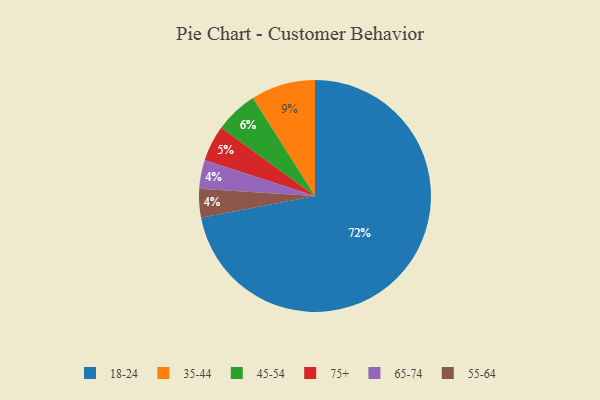
{"axis": {"x": "Category", "y": "Percentage"}, "legend": ["18-24", "35-44", "45-54", "55-64", "65-74", "75+"], "data": [{"x": "65-74", "y": 4, "type": "65-74"}, {"x": "45-54", "y": 6, "type": "45-54"}, {"x": "18-24", "y": 72, "type": "18-24"}, {"x": "75+", "y": 5, "type": "75+"}, {"x": "55-64", "y": 4, "type": "55-64"}, {"x": "35-44", "y": 9, "type": "35-44"}]}